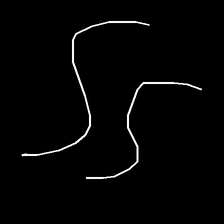
Glyph: float